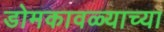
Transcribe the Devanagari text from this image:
डोमकावळ्याच्या